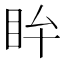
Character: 𥄜